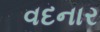
વદનાર